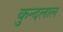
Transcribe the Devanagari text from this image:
कुन्दलाल